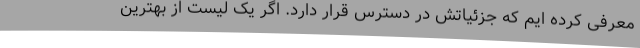
معرفی کرده ایم که جزئیاتش در دسترس قرار دارد. اگر یک لیست از بهترین